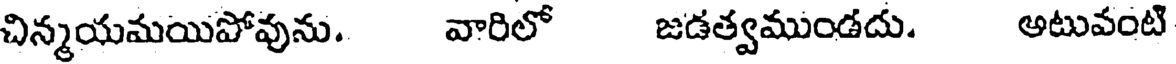
చిన్మయమయిపోవును. వారిలో జడత్వముండదు. అటువంటి